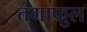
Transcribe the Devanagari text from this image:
तगाफ़ुल